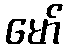
မော်